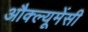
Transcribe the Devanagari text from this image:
औक्ल्यूमेंसी